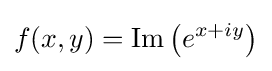
f(x,y)=\operatorname {Im} \left(e^{x+iy}\right)